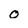
Character: 0